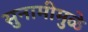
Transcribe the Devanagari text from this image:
सुनामीमुळे